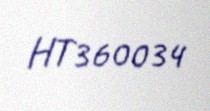
HT360034